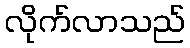
လိုက်လာသည်